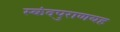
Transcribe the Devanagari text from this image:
स्कंदपुराणयह